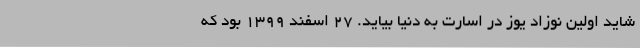
شاید اولین نوزاد یوز در اسارت به دنیا بیاید. ۲۷ اسفند ۱۳۹۹ بود که